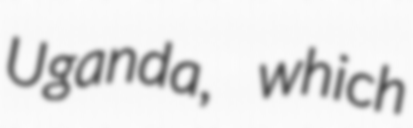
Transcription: Uganda, which